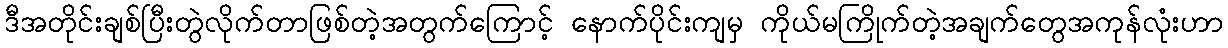
ဒီအတိုင်းချစ်ပြီးတွဲလိုက်တာဖြစ်တဲ့အတွက်ကြောင့် နောက်ပိုင်းကျမှ ကိုယ်မကြိုက်တဲ့အချက်တွေအကုန်လုံးဟာ